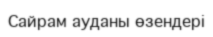
Сайрам ауданы өзендері